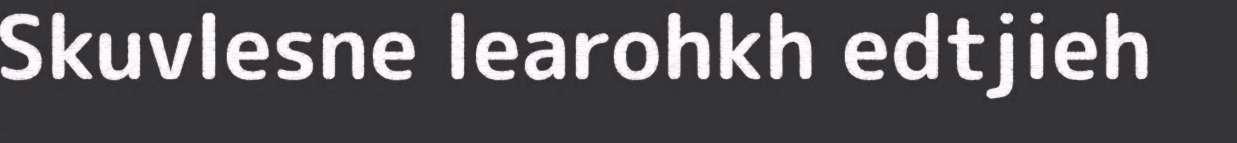
Skuvlesne learohkh edtjieh